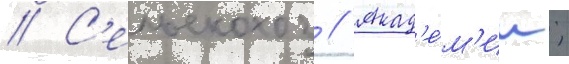
// С'ельскохоз // Акад'е́м'ии;